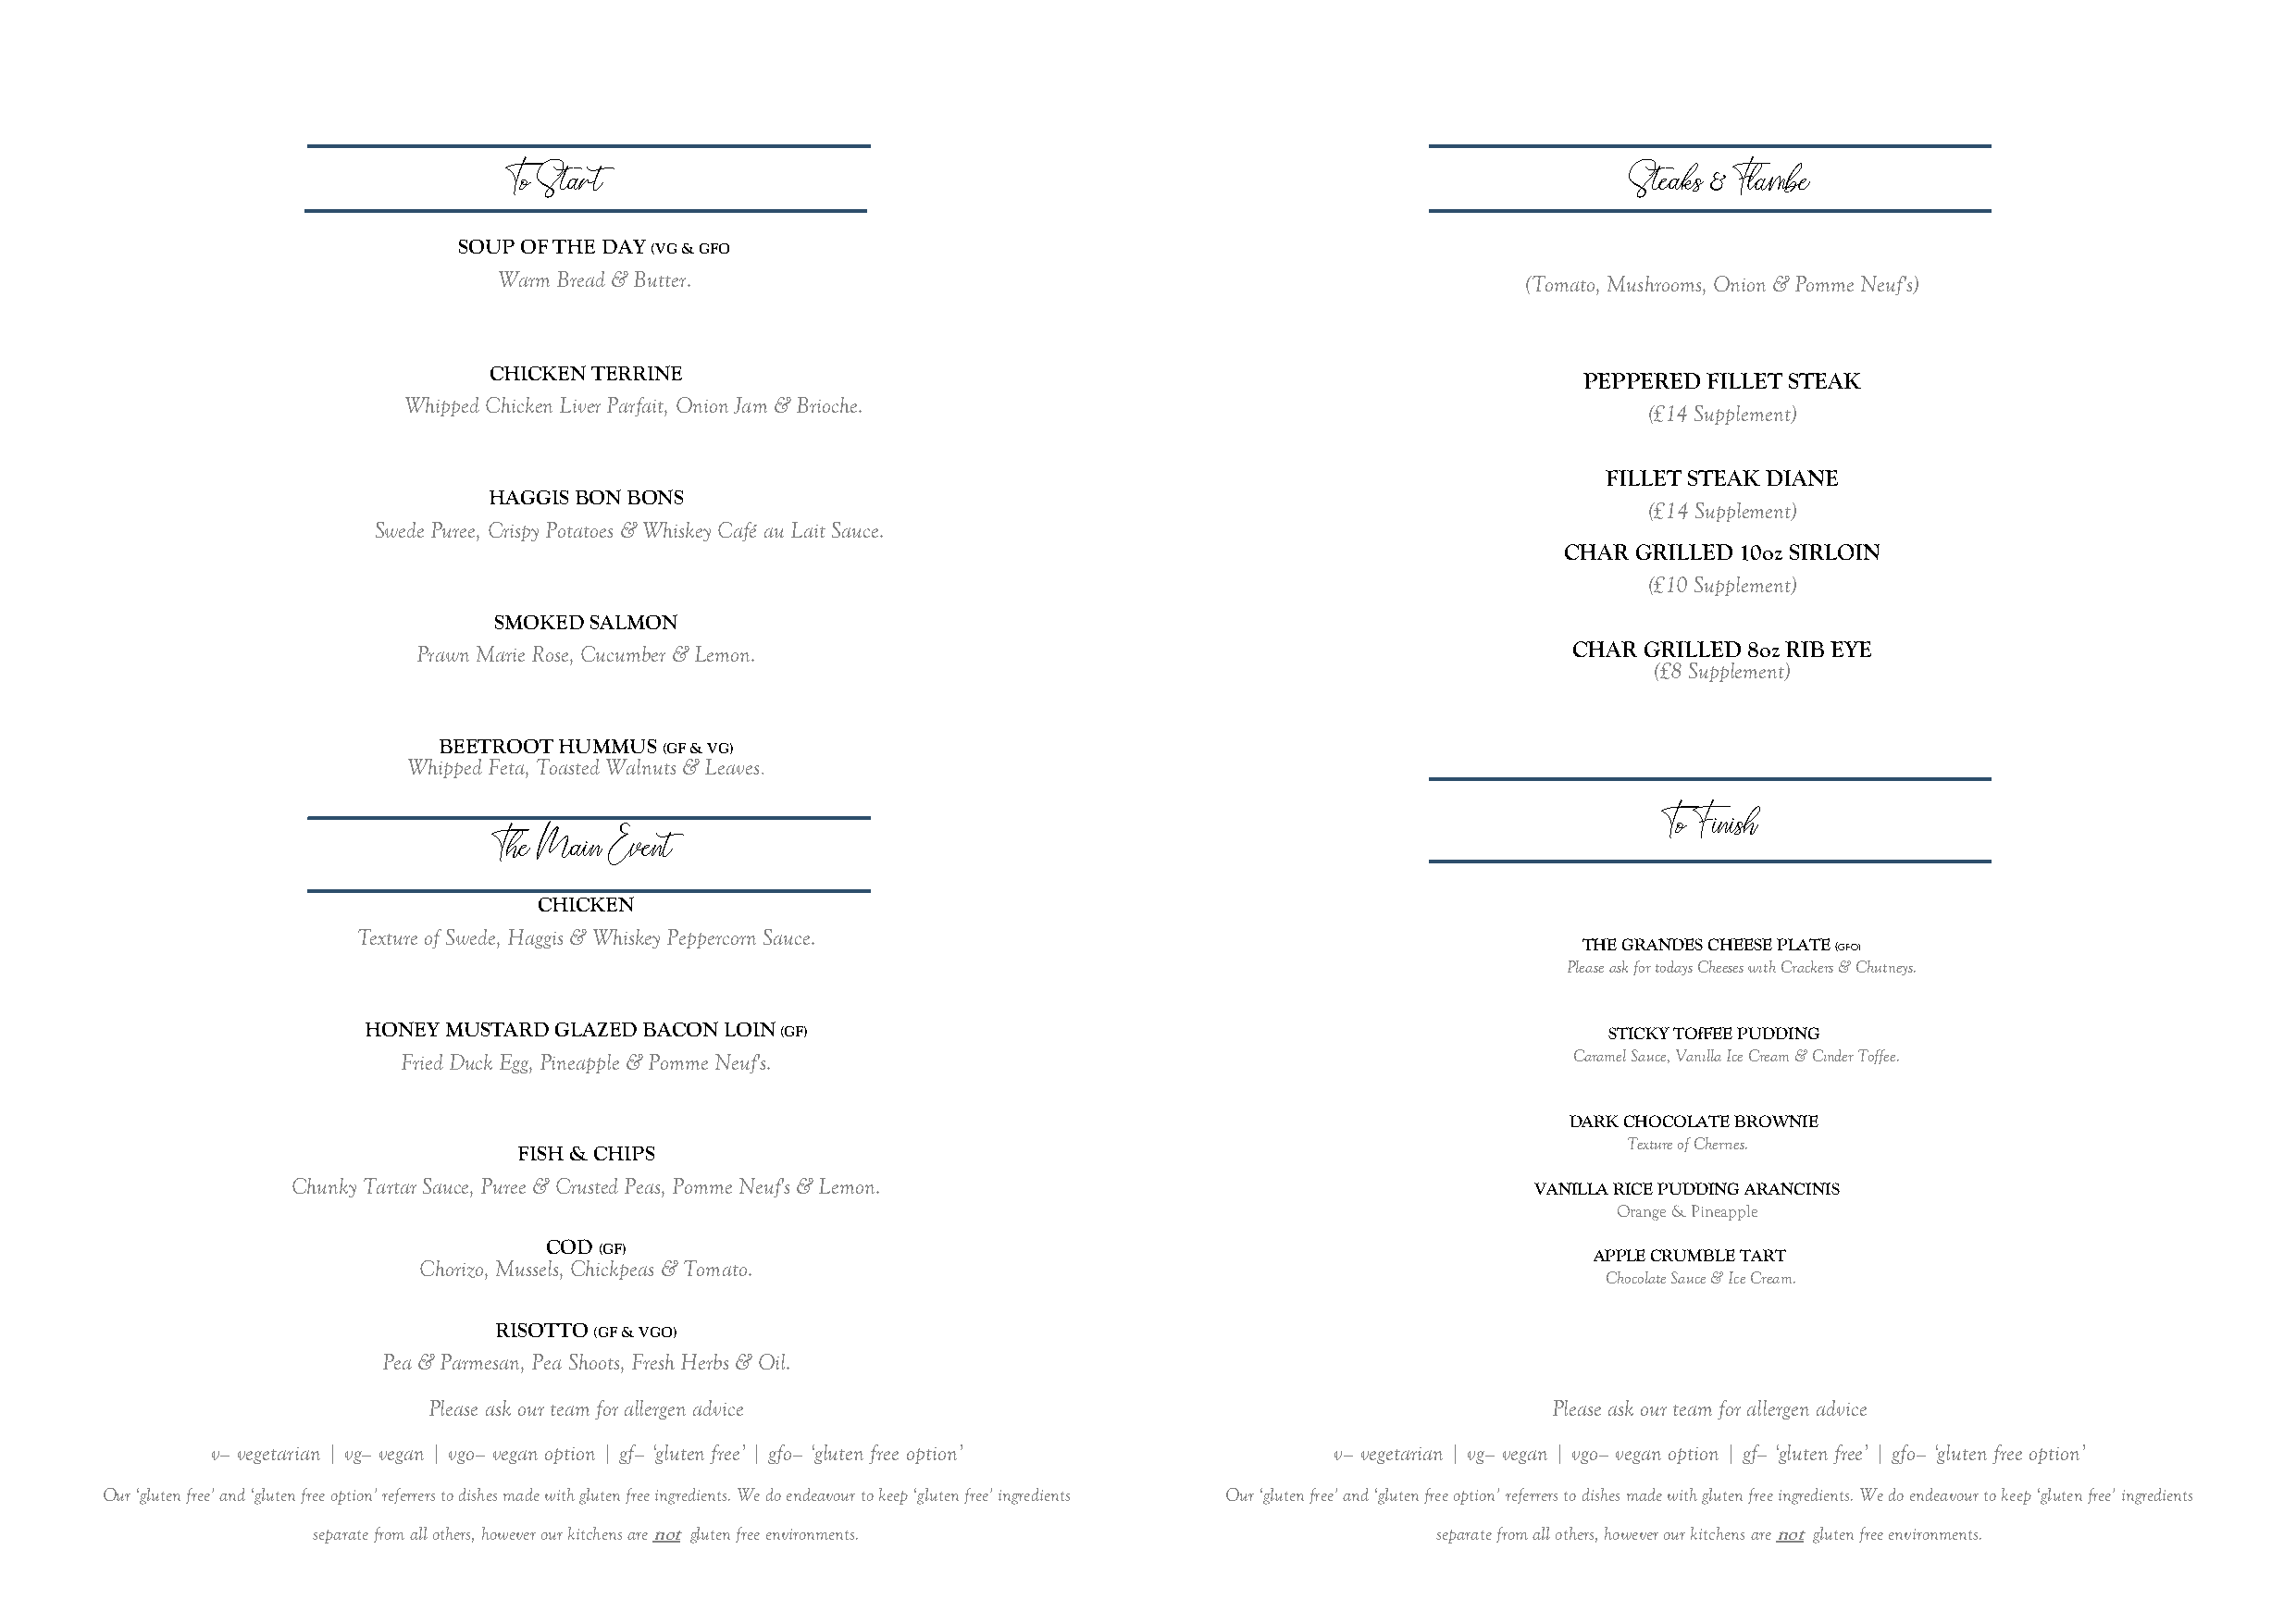
To Start                                                                        Steaks & Flambe
 SOUP OF THE DAY (VG & GFO
 Warm Bread & Butter.                                                     (Tomato, Mushrooms, Onion & Pomme Neuf's)
 CHICKEN TERRINE
 PEPPERED FILLET STEAK
 Whipped Chicken Liver Parfait, Onion Jam & Brioche.
 (£14 Supplement)
 FILLET STEAK DIANE
 HAGGIS BON BONS
 (£14 Supplement)
 Swede Puree, Crispy Potatoes & Whiskey Café au Lait Sauce.
 CHAR GRILLED 10oz SIRLOIN
 (£10 Supplement)
 SMOKED SALMON
 Prawn Marie Rose, Cucumber & Lemon.                                               CHAR  GRILLED 8oz RIB EYE
 (£8 Supplement)
 BEETROOT HUMMUS (GF & VG)
 Whipped Feta, Toasted Walnuts & Leaves.
 To Finish
 The Main Event
 CHICKEN
 Texture of Swede, Haggis & Whiskey Peppercorn Sauce.
 THE GRANDES CHEESE PLATE (GFO)
 Please ask for todays Cheeses with Crackers & Chutneys.
 HONEY MUSTARD GLAZED BACON LOIN (GF)                                                     STICKY TOfFEE PUDDING
 Fried Duck Egg, Pineapple & Pomme Neuf's.                                          Caramel Sauce, Vanilla Ice Cream & Cinder Toffee.
 DARK CHOCOLATE BROWNIE
 Texture of Cherries.
 FISH & CHIPS
 Chunky Tartar Sauce, Puree & Crusted Peas, Pomme Neuf's & Lemon.                         VANILLA RICE PUDDING ARANCINIS
 Orange & Pineapple
 COD (GF)                                                                   APPLE CRUMBLE TART
 Chorizo, Mussels, Chickpeas & Tomato.
 Chocolate Sauce & Ice Cream.
 RISOTTO (GF & VGO)
 Pea & Parmesan, Pea Shoots, Fresh Herbs & Oil.
 Please ask our team for allergen advice                                         Please ask our team for allergen advice
 v– vegetarian | vg– vegan | vgo– vegan option | gf– ‘gluten free’ | gfo– ‘gluten free option’ v– vegetarian | vg– vegan | vgo– vegan option | gf– ‘gluten free’ | gfo– ‘gluten free option’
 Our ‘gluten free’ and ‘gluten free option’ referrers to dishes made with gluten free ingredients. We do endeavour to keep ‘gluten free’ ingredients Our ‘gluten free’ and ‘gluten free option’ referrers to dishes made with gluten free ingredients. We do endeavour to keep ‘gluten free’ ingredients
 separate from all others, however our kitchens are not gluten free environments. separate from all others, however our kitchens are not gluten free environments.